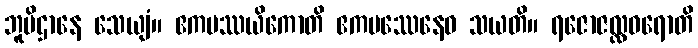
ဘူမိဌာနေ သေယျံ။ ဧကပဿယိကောတိ ဧကပဿေနေဝ သယတိ။ ရဇောဇလ္လဓရောတိ